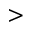
>